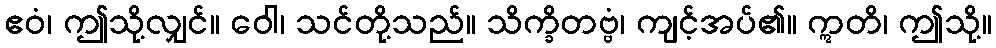
ဧဝံ၊ ဤသို့လျှင်။ ဝေါ၊ သင်တို့သည်။ သိက္ခိတဗ္ဗံ၊ ကျင့်အပ်၏။ ဣတိ၊ ဤသို့။